Preliminary report on the development of the Leishman-Donovan body in the bed bug - Number 27
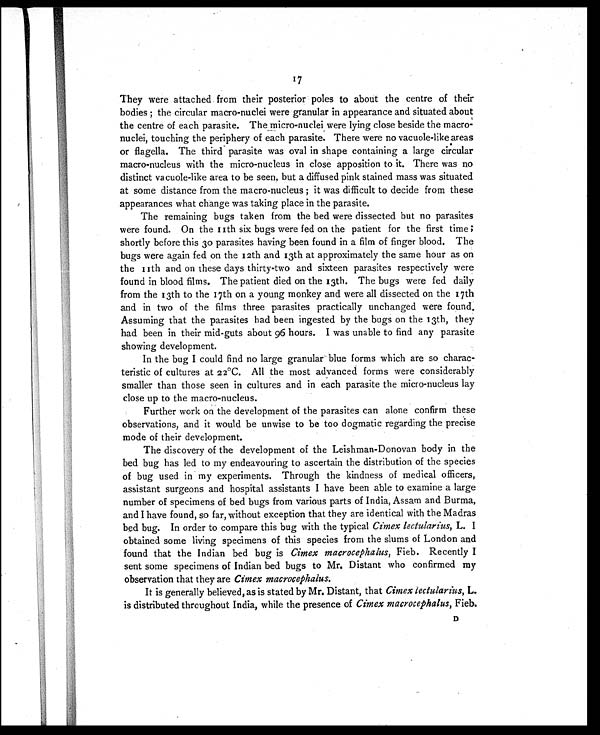
17
They were attached from their posterior poles to about the centre of their
bodies ; the circular macro-nuclei were granular in appearance and situated about
the centre of each parasite. The micro-nuclei were lying close beside the macro-
nuclei, touching the periphery of each parasite. There were no vacuole-like areas
or flagella. The third parasite was oval in shape containing a large circular
macro-nucleus with the micro-nucleus in close apposition to it. There was no
distinct vacuole-like area to be seen, but a diffused pink stained mass was situated
at some distance from the macro-nucleus ; it was difficult to decide from these
appearances what change was taking place in the parasite.
The remaining bugs taken from the bed were dissected but no parasites
were found. On the 11th six bugs were fed on the patient for the first time
shortly before this 30 parasites having been found in a film of finger blood. The
bugs were again fed on the 12th and 13th at approximately the same hour as on
t h e 1 1 t h a n d o n t h e s e d a y s t h i r t y - t w o a n d s i x t e e n p a r a s i t e s r e s p e c t i v e l y w e r e
found in blood films. The patient died on the 13th. The bugs were fed daily
from the 13th to the 17th on a young monkey and were all dissected on the 17th
and in two of the films three parasites practically unchanged were found.
Assuming that the parasites had been ingested by the bugs on the 13th, they
had been in their mid-guts about 96 hours. I was unable to find any parasite
showing development.
In the bug I could find no large granular blue forms which are so charac-
teristic of cultures at 22°C. All the most advanced forms were considerably
smaller than those seen in cultures and in each parasite the micro-nucleus lay
close up to the macro-nucleus.
Further work on the development of the parasites can alone confirm these
observations, and it would be unwise to be too dogmatic regarding the precise
mode of their development.
The discovery of the development of the Leishman-Donovan body in the
bed bug has led to my endeavouring to ascertain the distribution of the species
of bug used in my experiments. Through the kindness of medical officers,
assistant surgeons and hospital assistants I have been able to examine a large
number of specimens of bed bugs from various parts of India, Assam and Burma,
and I have found, so far, without exception that they are identical with the Madras
bed bug. In order to compare this bug with the typical Cimex lectularius, L. I
obtained some living specimens of this species from the slums of London and
found that the Indian bed bug is Cimex macrocephalus, Fieb. Recently I
sent some specimens of Indian bed bugs to Mr. Distant who confirmed my
observation that they are Cimex macrocephalus.
It is generally believed, as is stated by Mr. Distant, that Cimex lectularius, L.
is distributed throughout India, while the presence of Cimex macrocephalus, Fieb.
D